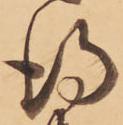
得